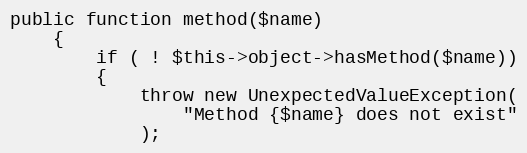
Language: PHP
public function method($name)
    {
        if ( ! $this->object->hasMethod($name))
        {
            throw new UnexpectedValueException(
                "Method {$name} does not exist"
            );